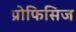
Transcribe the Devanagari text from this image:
प्रोफिसिज